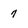
Character: 7